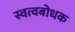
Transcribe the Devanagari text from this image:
स्वत्वबोधक